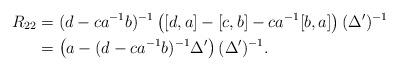
LaTeX: \begin{align*} R_{22}&=(d-ca^{-1}b)^{-1}\left([d,a]-[c,b]-ca^{-1}[b,a]\right)(\Delta')^{-1}\\ &=\left(a-(d-ca^{-1}b)^{-1}\Delta'\right)(\Delta')^{-1}. \end{align*}